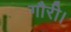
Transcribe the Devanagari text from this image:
गौरी।